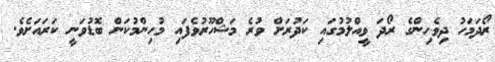
ރޯދަމަހު ދިވެހިންގެ ރޯދަ ވީއްލުމުގައި ކަދުރަށް ވުރެ މަޝްހޫރުވެފައި މުހިންމުކަން ބޮޑުވަނީ ކަރައަށެވެ.